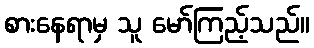
စားနေရာမှ သူ မော်ကြည့်သည်။